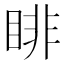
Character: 𥇪